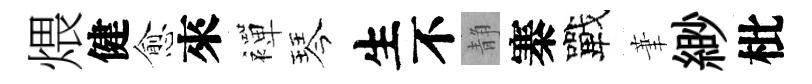
煨健愈來襌琴生不静寨戰茟緲枇